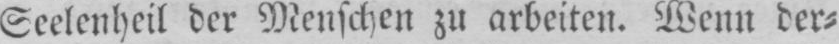
Seelenheil der Menschen zu arbeiten. Wenn der⸗